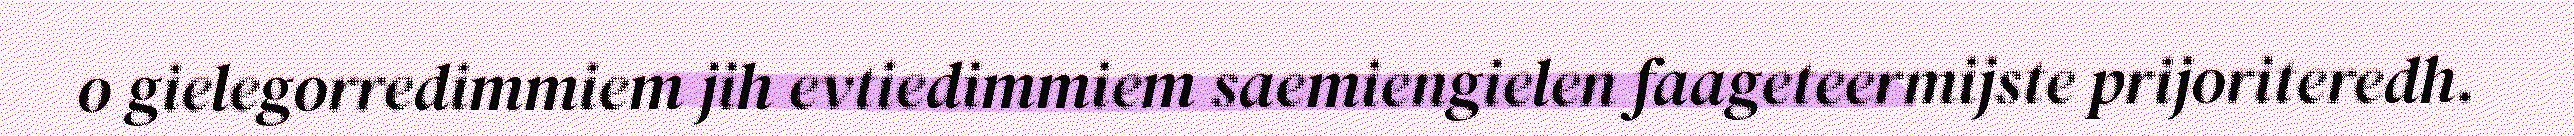
o gielegorredimmiem jih evtiedimmiem saemiengielen faageteermijste prijoriteredh.